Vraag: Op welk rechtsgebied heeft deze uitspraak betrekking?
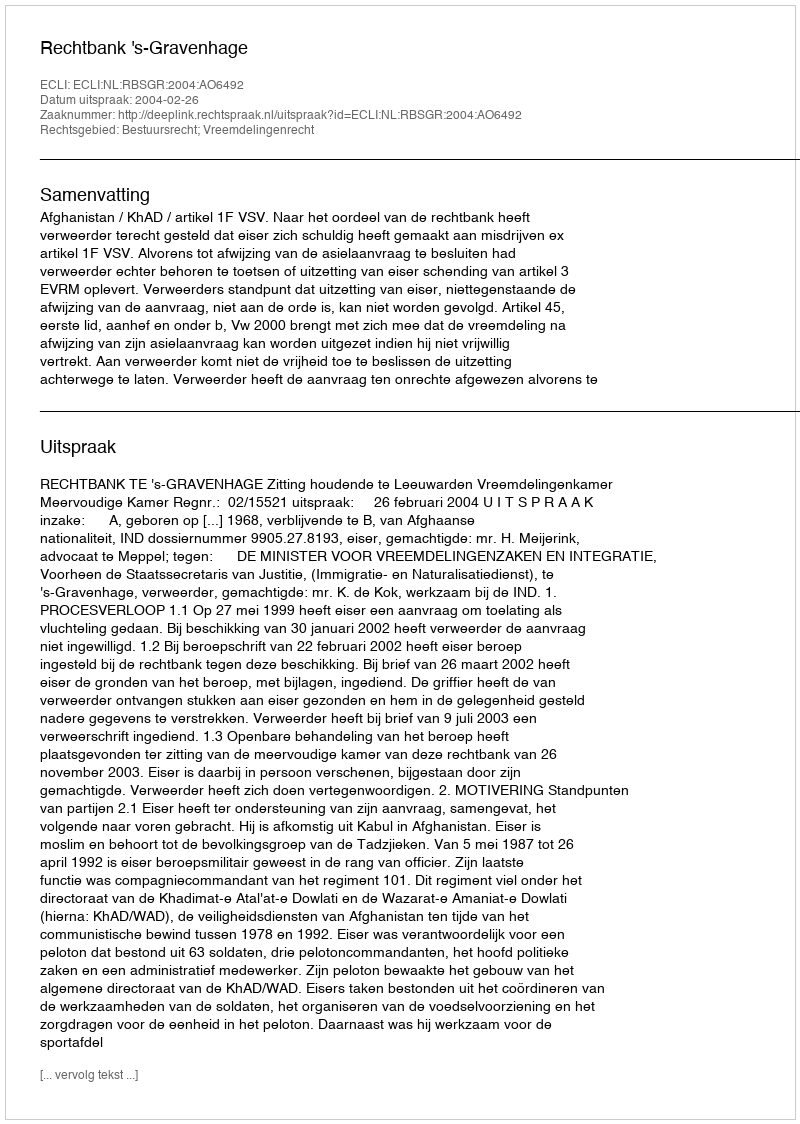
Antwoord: Bestuursrecht; Vreemdelingenrecht